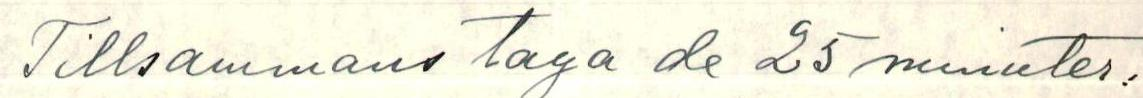
Tillsammans taga de 25 minuter.